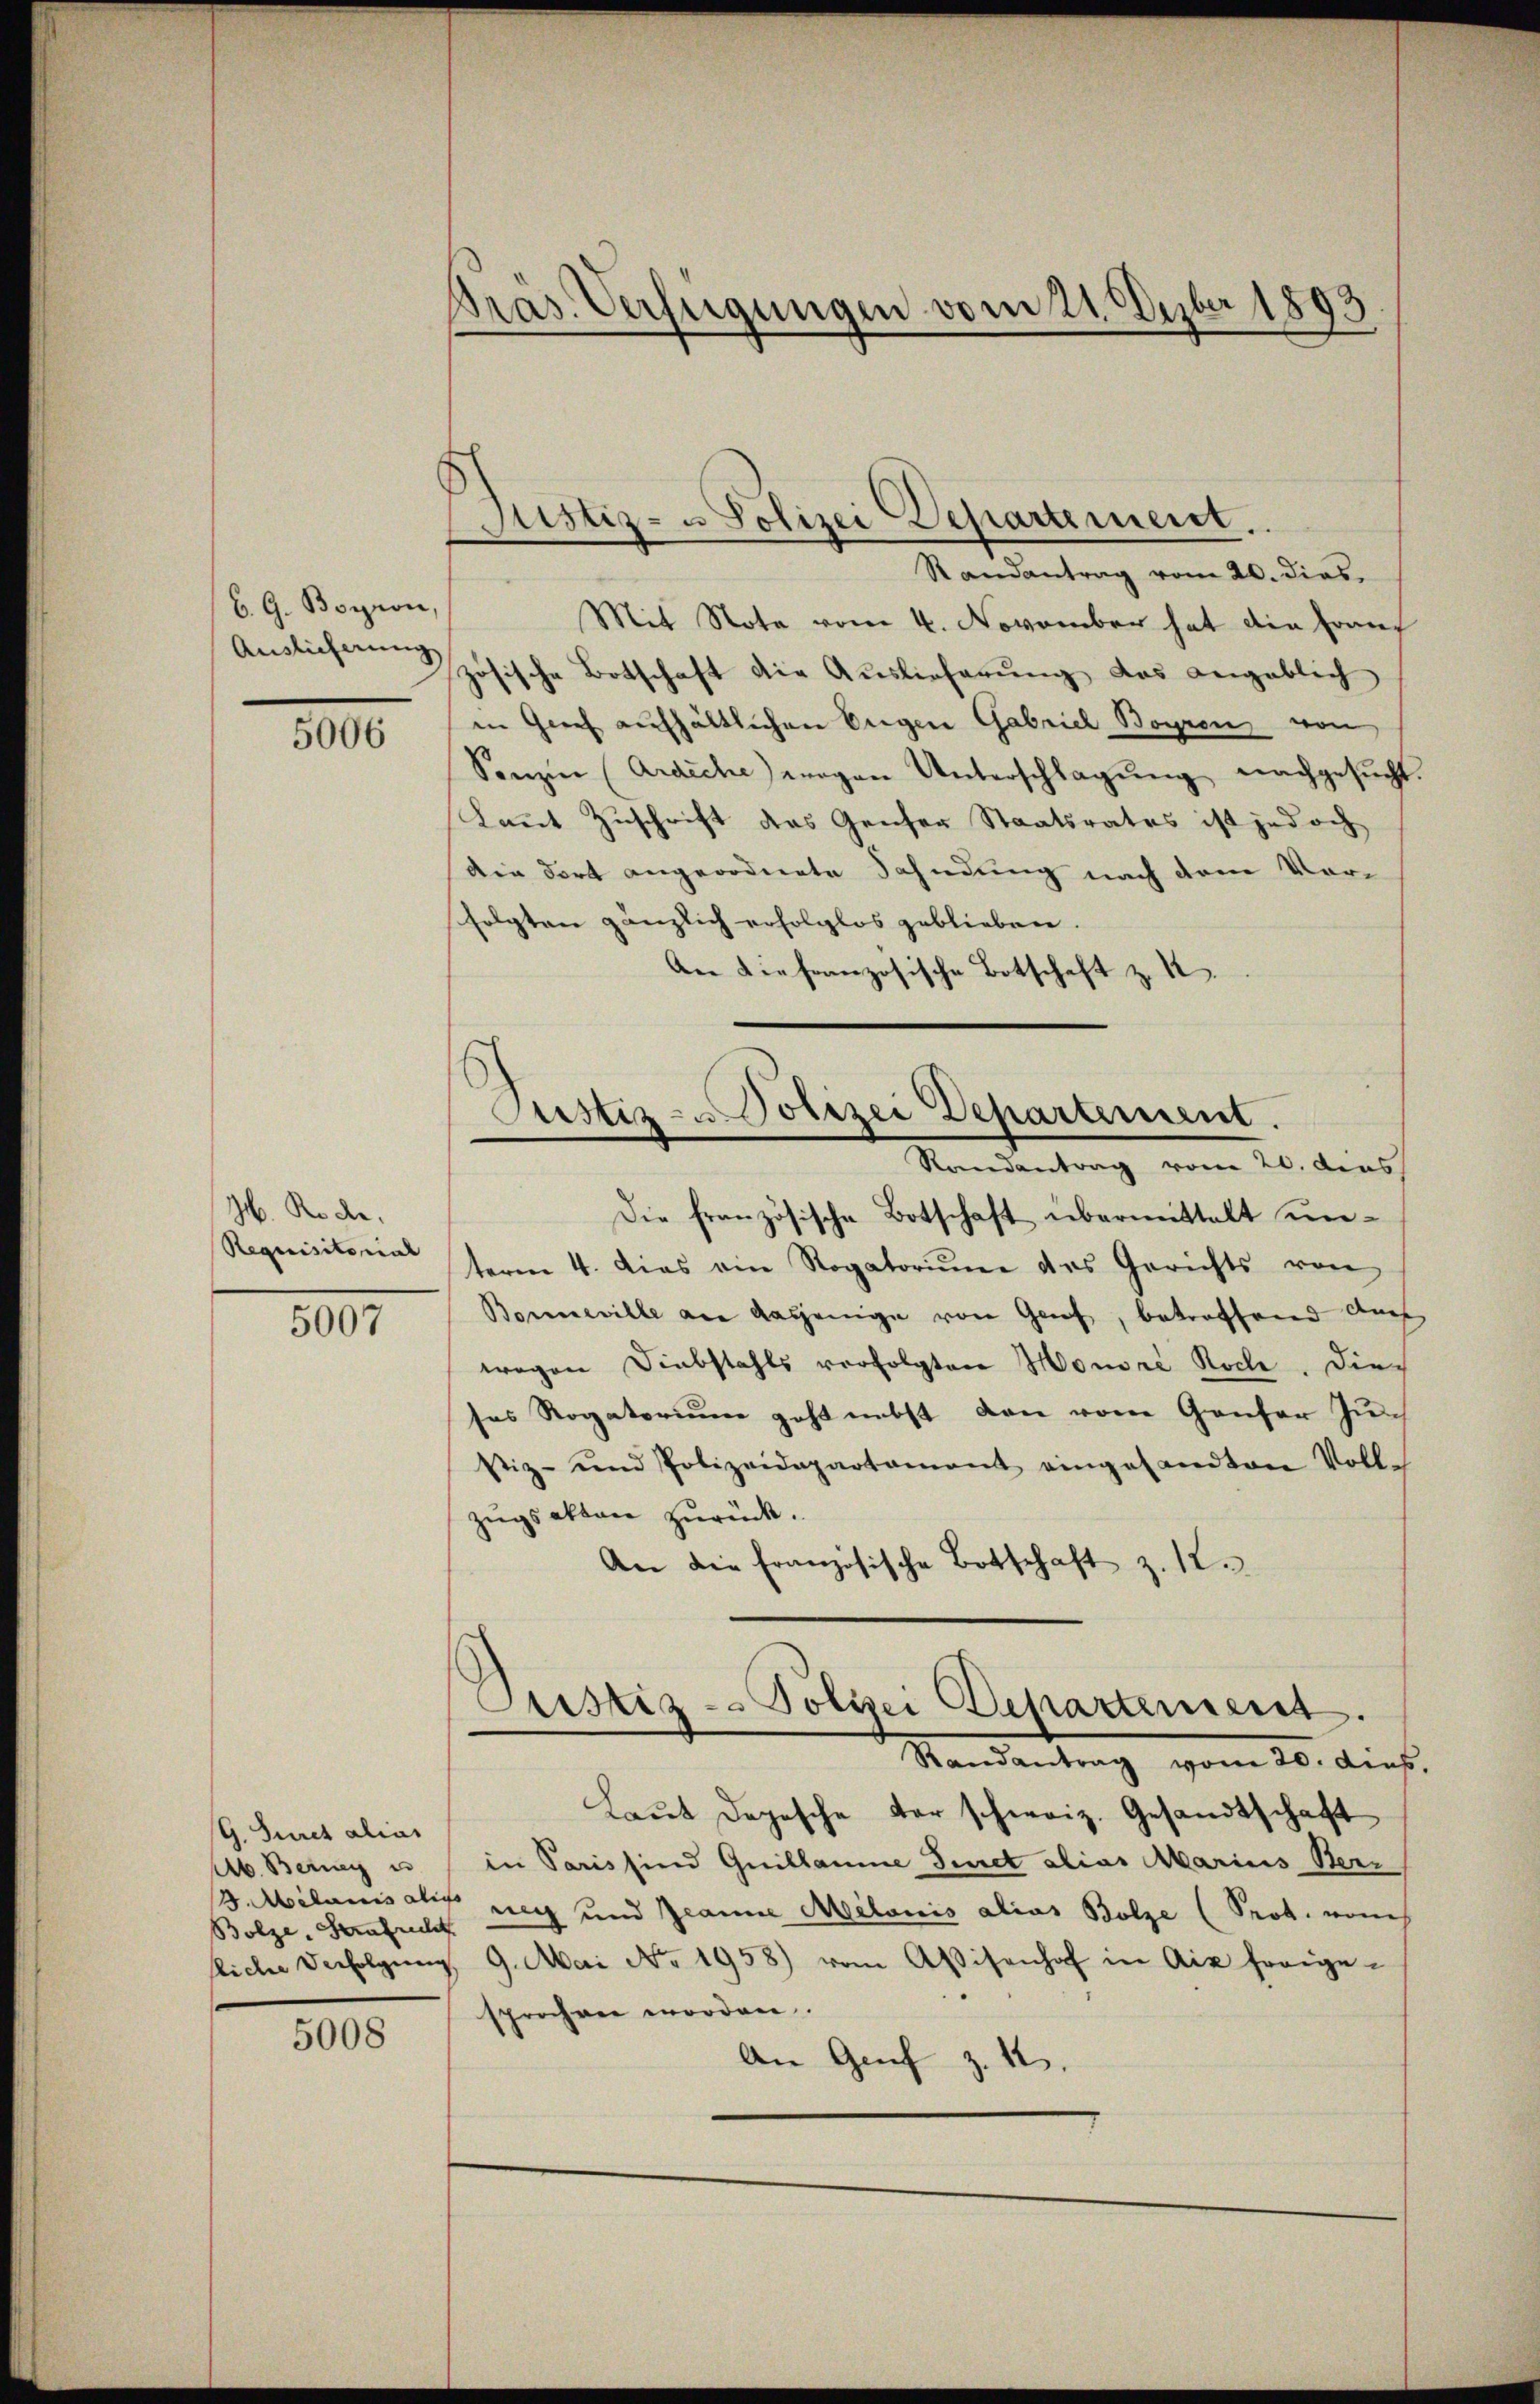
6. G. Boyron,
Auslieferung

5006

H. Rode.
Requisitorial

5007

G. Juret alias
Ab. Berney es
B. Milans als
Bolze. Strafrech
fliche Verfolgen

5008

Pras. Verfügungen vom 21. Dezbr 1893

Justiz- u Polizei Departement.
Randantrag vom 20. dies,

Justiz- u Polizei Departement.
Randantrag vom 20. dens

Mit Nota vom 4. November hat die Franz
zösische Botschaft die Auslieferŭng das angeblich
in Greif aufhältlichen Engen Gabriel Borren von
Sonzen (Ardiche wegen Unterschlagung nachgesucht
kannt Zuschrift des Genser Staatsrates ist jedoch
Die dort angeordnete Fahndung nach dem Vorfolgten gänzlich erfolglos geblieben.
An die französische Botschaft z. B.
Die französische Botschaft übermittelt unterm 4. dies ein Rogatoriŭm des Gerichts von
Bomneville an dasjenige von Genf, betreffend doch
wegen Diebstahls verfolgten Honore Roche. Die
ses Rogatorium geht nebst den vom Ganter Ju¬
Stiz- und Polizeidepartament eingesandten Voll-
zugsakten zurück.
An die französische Botschaft z. 12.
Justiz - Polizei Departement.
Standentrag vom 16. dies
Laut Depesche der schweiz. Gesandtschaft
in Paris sind Guillaume Jennet alias Marius Beri
ng und Jeanne Melonis alias Bolze (Prot. vom
9. Mai No 1958) vom Aßisenhof in Aix frage-
sprochen worden.
An Genf z. 12.